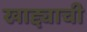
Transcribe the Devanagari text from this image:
खाद्द्याची